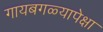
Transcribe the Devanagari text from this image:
गायबगळ्यापेक्षा